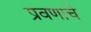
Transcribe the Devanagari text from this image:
प्रवणाचे